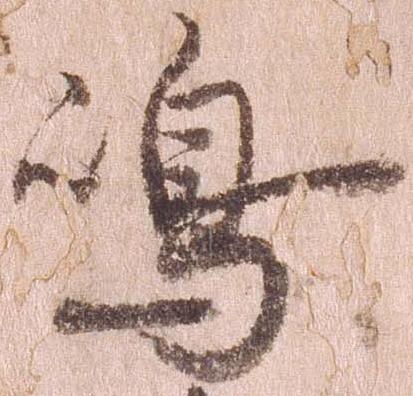
島